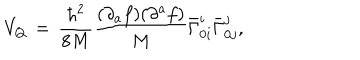
V _ { Q } \, = \, \frac { { \hbar } ^ { 2 } } { 8 M } \frac { ( \partial _ { a } f ) ( \partial ^ { a } f ) } { M } { \bar { \Gamma } } _ { 0 i } ^ { i } { \bar { \Gamma } } _ { 0 j } ^ { j } ,